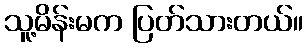
သူ့မိန်းမက ပြတ်သားတယ်။